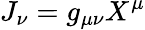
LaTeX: J_{\nu}=g_{\mu\nu}X^{\mu}